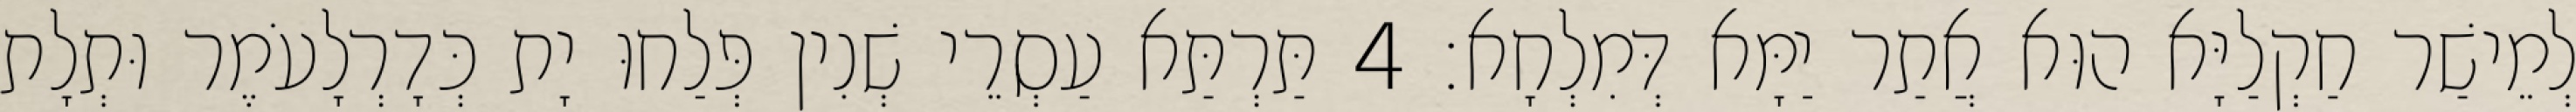
לְמֵישַׁר חַקְלַיָּא הוּא אֲתַר יַמָּא דְּמִלְחָא׃ 4 תַּרְתַּא עַסְרֵי שְׁנִין פְּלַחוּ יָת כְּדָרְלָעֹמֶר וּתְלָת